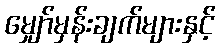
မျှော်မှန်းချက်များနှင့်